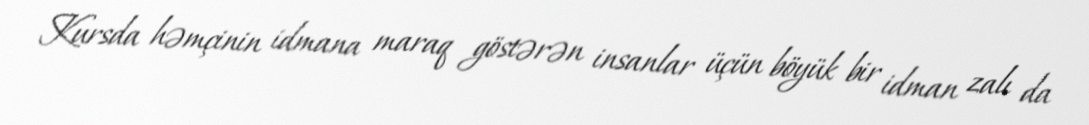
Kursda həmçinin idmana maraq göstərən insanlar üçün böyük bir idman zalı da